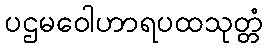
ပဌမဝေါဟာရပထသုတ္တံ